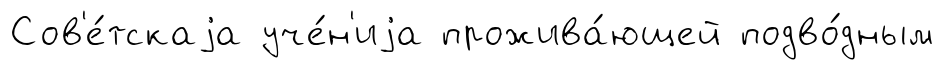
Сов'е́тскаjа уче́н'иjа прожива́ющей подво́дным